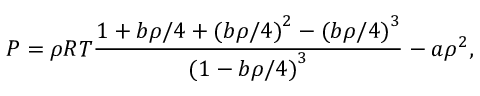
P = \rho R T \frac { 1 + b \rho / 4 + { ( b \rho / 4 ) } ^ { 2 } - { ( b \rho / 4 ) } ^ { 3 } } { { ( 1 - b \rho / 4 ) } ^ { 3 } } - a \rho ^ { 2 } ,